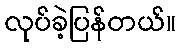
လုပ်ခဲ့ပြန်တယ်။